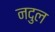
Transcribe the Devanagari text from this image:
नदुल